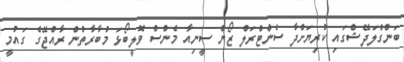
ބަންގްލަދޭޝްގައި ކުރިޔަށްދާ ސެންޓްރަލް ޒޯން ސީނިއާ މެންސް ވޮލީބޯޅަ މުބާރާތުން ރާއްޖޭގެ ގައުމީ